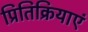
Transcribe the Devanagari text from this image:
प्रितिक्रियाएं